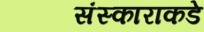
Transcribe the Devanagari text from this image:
संस्काराकडे